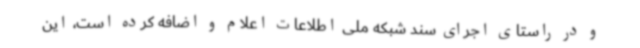
و در راستای اجرای سند شبکه ملی اطلاعات اعلام و اضافه کرده است، این